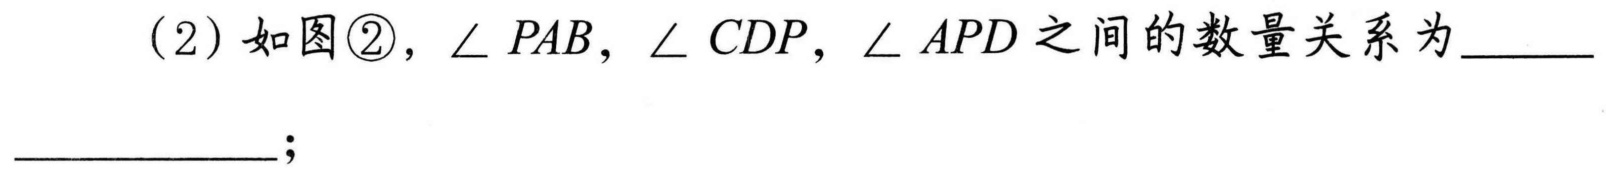
(2) 如图\textcircled{2}，\(\angle PAB\)，\(\angle CDP\)，\(\angle APD\) 之间的数量关系为  ；